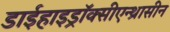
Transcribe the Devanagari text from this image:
डाईहाइड्रॉक्सीएन्थ्रासीन